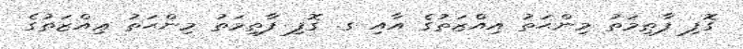
ގޮފި ފާޠިމަތު މިންޙަތު އިއްޒަތުގެ އާއި ގ. ގޮފި ފާޠިމަތު މިންޙަތު ޢިއްޒަތުގެ